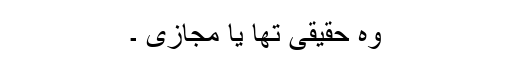
وہ حقیقی تھا یا مجازی ۔